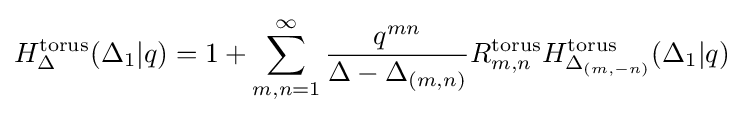
H_{\Delta }^{\text{torus}}(\Delta _{1}|q)=1+\sum _{m,n=1}^{\infty }{\frac {q^{mn}}{\Delta -\Delta _{(m,n)}}}R_{m,n}^{\text{torus}}H_{\Delta _{(m,-n)}}^{\text{torus}}(\Delta _{1}|q)\